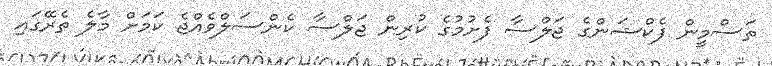
ތަސްމީން ފެކްޝަންގެ ޖަލްސާ ފެށުމުގެ ކުރިން ޖަލްސާ ކެންސަލްވެއްޖެ ކަމަށް މާލެ ތެރޭގައި